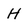
Character: H